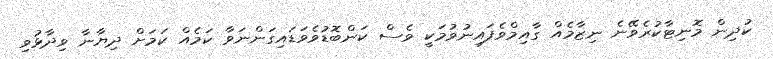
ކުދިން މޮނިޓާކުރެވޭނެ ނިޒާމެއް ގާއިމްވެފައިނުވުމަކީ ވެސް ކަންބޮޑުވެވަޑައިގަންނަވާ ކަމެއް ކަމަށް ދިޔާނާ ވިދާޅުވި